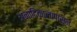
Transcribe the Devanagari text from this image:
अनादिकालापासून